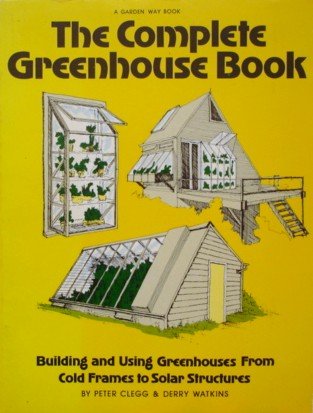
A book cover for The Complete Greenhouse Book: Building and Using Greenhouses from Cold-Frames to Solar Structures; Peter Clegg; Crafts, Hobbies & Home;